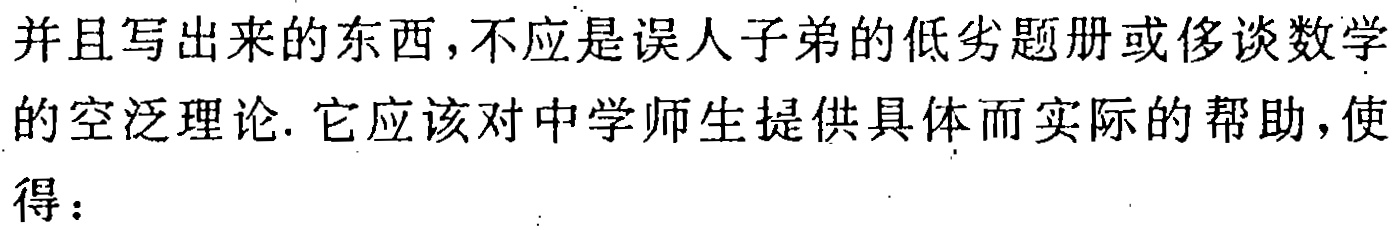
并且写出来的东西,不应是误人子弟的低劣题册或侈谈数学的空泛理论. 它应该对中学师生提供具体而实际的帮助，使得：